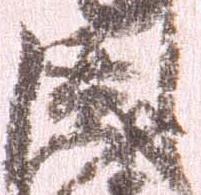
因